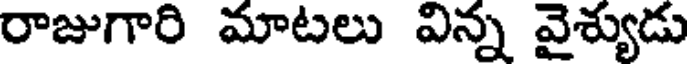
రాజుగారి మాటలు విన్న వైశ్యుడు